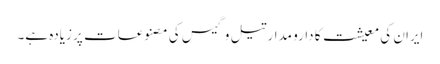
ایران کی معیشت کا دارو مدار تیل و گیس کی مصنوعات پر زیادہ ہے۔